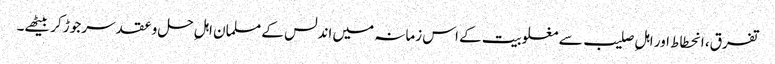
تفرق، انحطاط اور اہلِ صلیب سے مغلوبیت کے اس زمانہ میں اندلس کے مسلمان اہلِ حل وعقد سر جوڑ کر بیٹھے۔